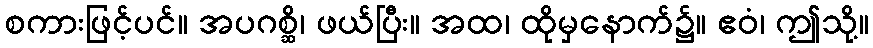
စကားဖြင့်ပင်။ အပဂစ္ဆိ၊ ဖယ်ပြီး။ အထ၊ ထိုမှနောက်၌။ ဧဝံ၊ ဤသို့။